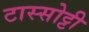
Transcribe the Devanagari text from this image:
टास्सोट्टी